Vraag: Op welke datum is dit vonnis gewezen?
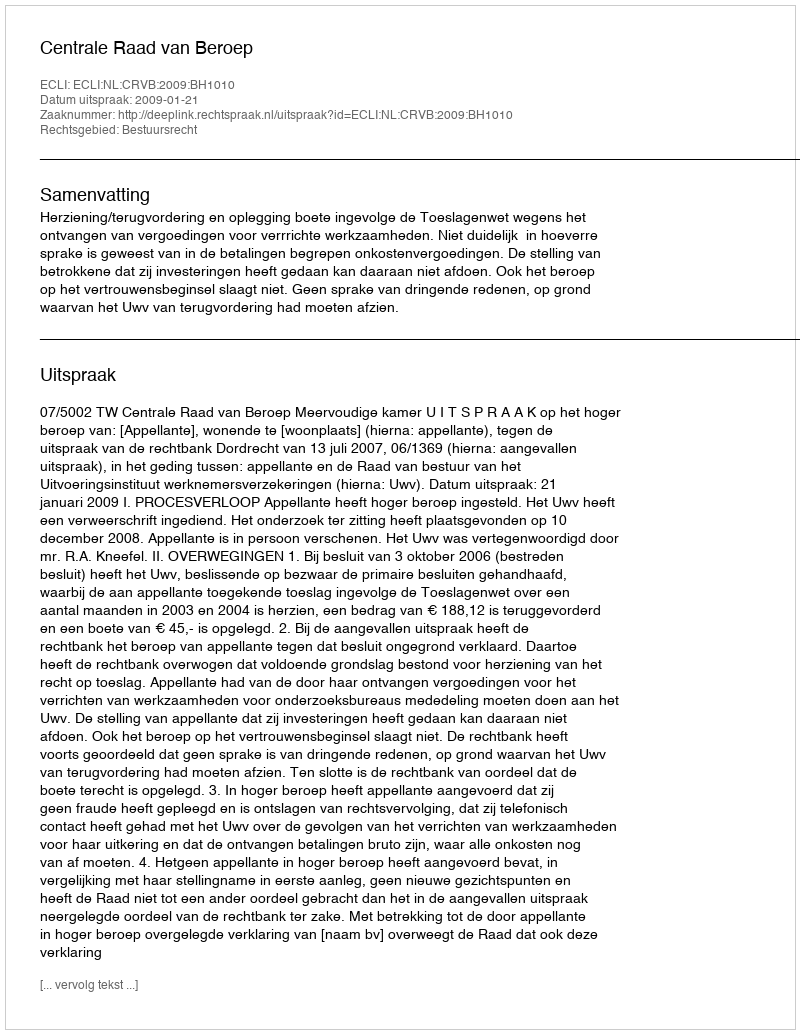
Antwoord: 2009-01-21